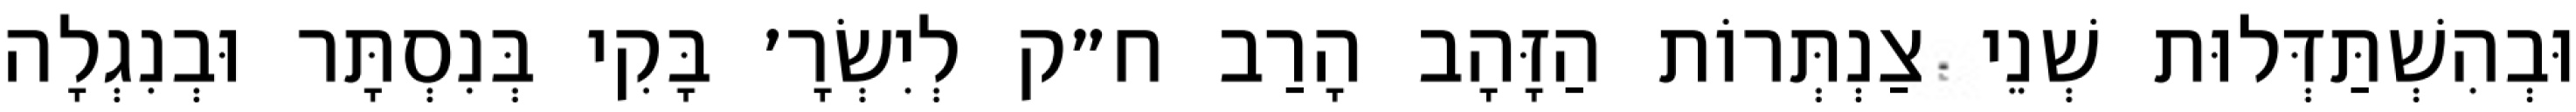
וּבְהִשְׁתַּדְּלוּת שְׁנֵי צַנְתְּרוֹת הַזָּהָב הָרַב ח״ק לְיִשְׂרָ׳ בָּקִי בְּנִסְתָּר וּבְנִגְלָה